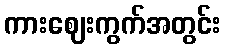
ကားဈေးကွက်အတွင်း